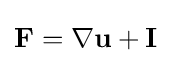
{\mathbf {F}}=\nabla {\mathbf {u}}+{\mathbf {I}}